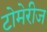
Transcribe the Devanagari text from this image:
टोमेरीज